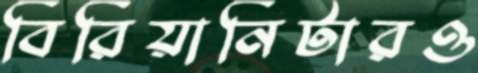
বিরিয়ানিটারও